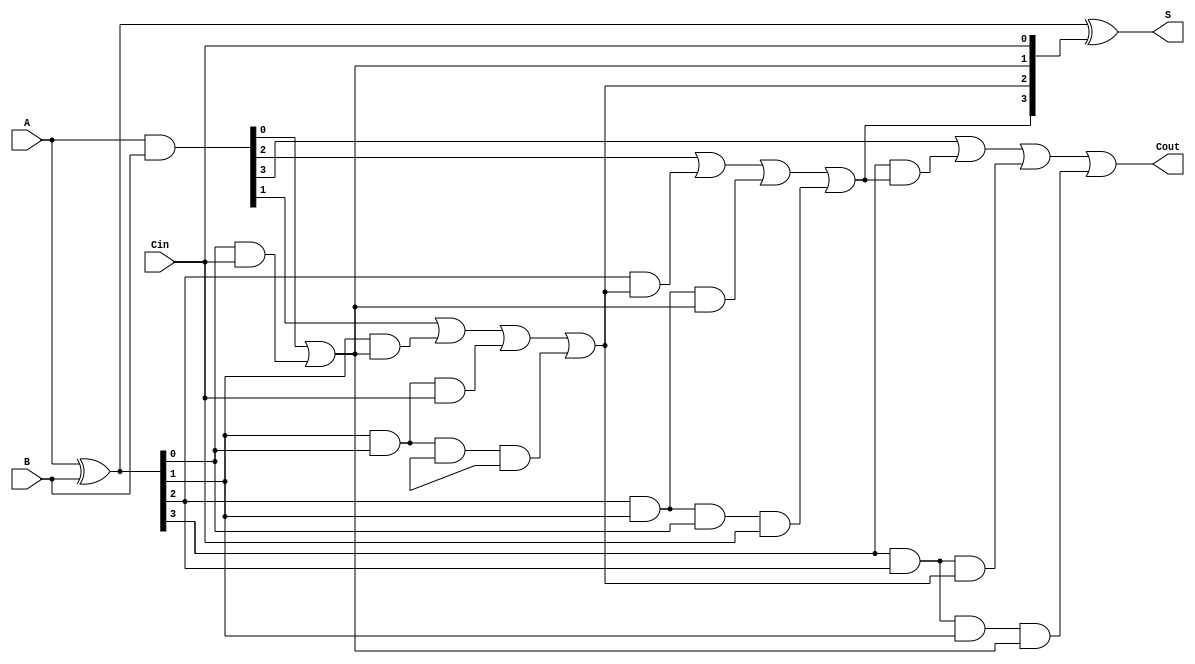
module CarryLookaheadAdder #(parameter n = 4) (
    input [n-1:0] A,      // First n-bit input
    input [n-1:0] B,      // Second n-bit input
    input Cin,            // Carry-in
    output [n-1:0] S,     // Sum output
    output Cout           // Carry-out
);

    wire [n-1:0] G;       // Generate signals
    wire [n-1:0] P;       // Propagate signals
    wire [n:0] C;         // Carry signals

    // Generate and Propagate calculations
    assign G = A & B;                // G[i] = A[i] & B[i]
    assign P = A ^ B;                // P[i] = A[i] ^ B[i]

    // Carry calculations
    assign C[0] = Cin;               // C[0] = Cin

    // Carry lookahead logic
    genvar i;
    generate
        for (i = 0; i < n; i = i + 1) begin : carry_generation
            if (i == 0) begin
                assign C[i + 1] = G[i] | (P[i] & C[i]);
            end else begin
                assign C[i + 1] = G[i] | (P[i] & C[i]) | (P[i] & P[i-1] & C[i-1]) | (P[i] & P[i-1] & P[i-2] & C[i-2]);
            end
        end
    endgenerate

    // Sum calculation
    assign S = P ^ C[n-1:0];         // S[i] = P[i] ^ C[i]

    // Final carry-out
    assign Cout = C[n];              // Cout = C[n]

endmodule